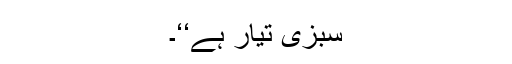
سبزی تیار ہے‘‘۔